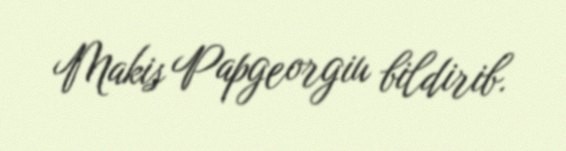
Makis Papgeorgiu bildirib.